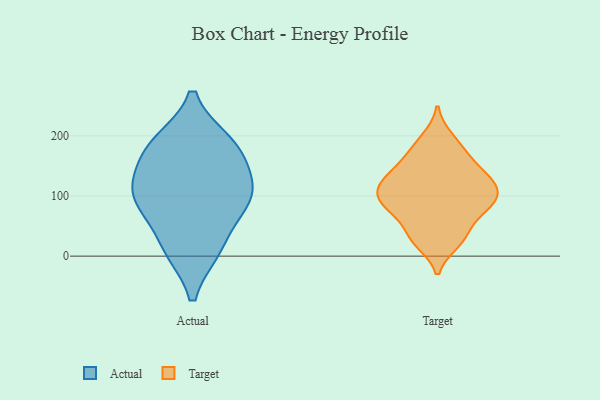
{"axis": {"x": "LTV (USD)", "y": "Value"}, "legend": ["Actual", "Target"], "data": [{"x": "", "y": 12, "type": "Actual"}, {"x": "", "y": 188, "type": "Actual"}, {"x": "", "y": 106, "type": "Actual"}, {"x": "", "y": 133, "type": "Actual"}, {"x": "", "y": 179, "type": "Actual"}, {"x": "", "y": 83, "type": "Actual"}, {"x": "", "y": 87, "type": "Actual"}, {"x": "", "y": 12, "type": "Actual"}, {"x": "", "y": 107, "type": "Actual"}, {"x": "", "y": 181, "type": "Actual"}, {"x": "", "y": 101, "type": "Target"}, {"x": "", "y": 79, "type": "Target"}, {"x": "", "y": 121, "type": "Target"}, {"x": "", "y": 100, "type": "Target"}, {"x": "", "y": 196, "type": "Target"}, {"x": "", "y": 89, "type": "Target"}, {"x": "", "y": 160, "type": "Target"}, {"x": "", "y": 32, "type": "Target"}, {"x": "", "y": 132, "type": "Target"}, {"x": "", "y": 23, "type": "Target"}, {"x": "", "y": 33, "type": "Target"}, {"x": "", "y": 148, "type": "Target"}, {"x": "", "y": 122, "type": "Target"}, {"x": "", "y": 70, "type": "Target"}, {"x": "", "y": 178, "type": "Target"}, {"x": "", "y": 82, "type": "Target"}, {"x": "", "y": 118, "type": "Target"}]}